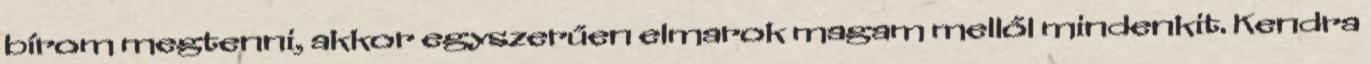
bírom megtenni, akkor egyszerűen elmarok magam mellől mindenkit. Kendra